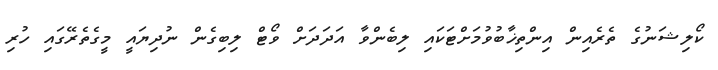
ކޯލިޝަނުގެ ތެރެއިން އިންތިޚާބުވުމަށްޓަކައި ލިބެންވާ އަދަދަށް ވޯޓް ލިބިގެން ނުދިޔައީ މީގެތެރޭގައި ހުރި